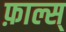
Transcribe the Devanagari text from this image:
फ़ाल्स्